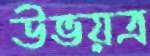
উভয়ত্র